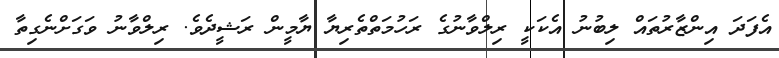
އެފަދަ އިންޒާރުތައް ލިބުނު އެކަކީ ރިލްވާނުގެ ރަހުމަތްތެރިޔާ ޔާމީން ރަޝީދެވެ. ރިލްވާނު ވަގަށްނެގިތާ